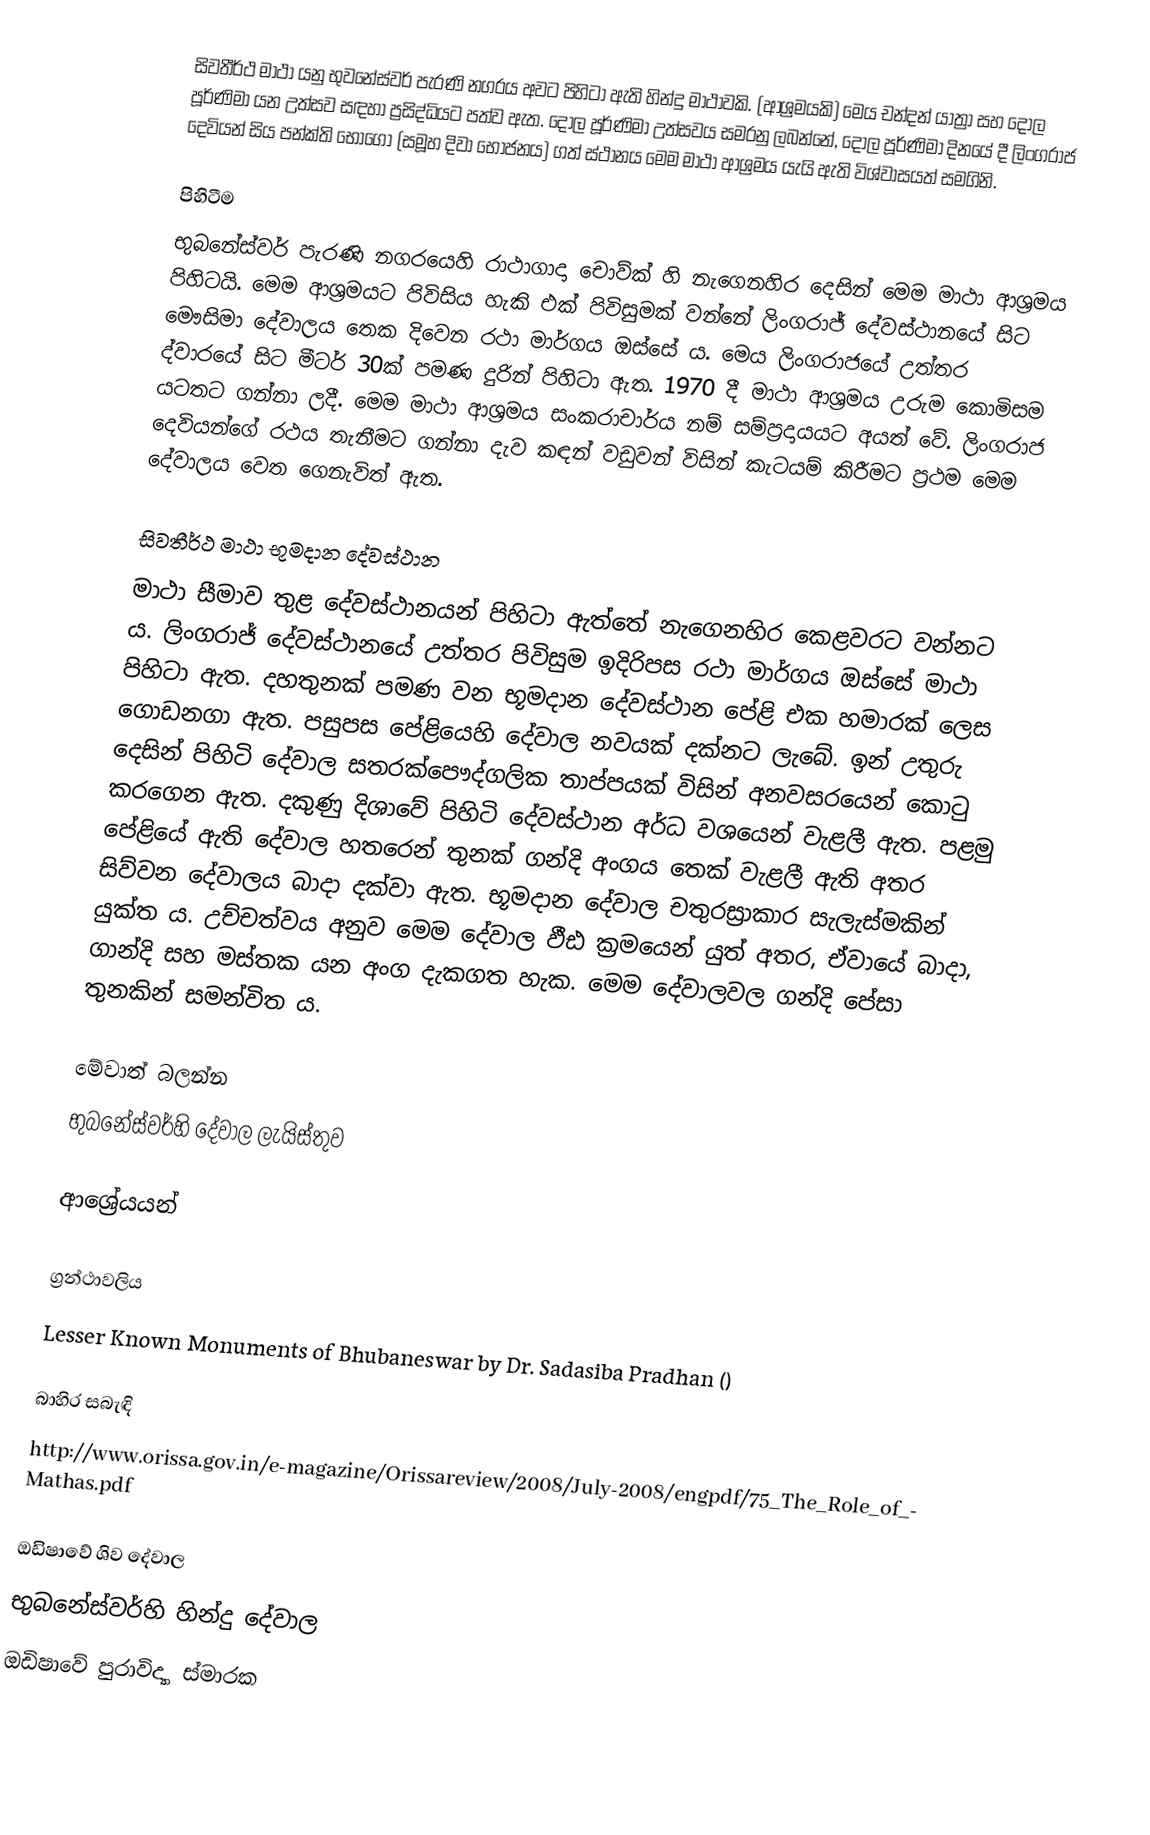
සිවතීර්ථ මාථා  යනු භුවනේස්වර් පැරණි නගරය අවට පිහිටා ඇති හින්දු මාථාවකි. (ආශ්‍රමයකි) මෙය චන්දන් යාත්‍රා සහ දෝල පූර්ණිමා යන උත්සව සඳහා ප්‍රසිද්ධියට පත්ව ඇත. දෝල පූර්ණිමා උත්සවය සමරනු ලබන්නේ, දෝල පූර්ණිමා දිනයේ දී ලිංගරාජ දෙවියන් සිය පන්ක්ති භෝගෝ (සමූහ දිවා භෝජනය) ගත් ස්ථානය මෙම මාථා ආශ්‍රමය යැයි ඇති විශ්වාසයත් සමගිනි.

පිහිටීම
භුබනේස්වර් පැරණි නගරයෙහි රාථාගාදා චොව්ක් හි නැගෙනහිර දෙසින් මෙම මාථා ආශ්‍රමය පිහිටයි. මෙම ආශ්‍රමයට පිවිසිය හැකි එක් පිවිසුමක් වන්නේ ලිංගරාජ් දේවස්ථානයේ සිට මෞසිමා දේවාලය තෙක දිවෙන රථා මාර්ගය ඔස්සේ ය. මෙය ලිංගරාජයේ උත්තර ද්වාරයේ සිට මීටර් 30ක් පමණ දුරින් පිහිටා ඇත. 1970 දී මාථා ආශ්‍රමය උරුම කොමිසම යටතට ගන්නා ලදී.  මෙම මාථා ආශ්‍රමය සංකරාචාර්ය නම් සම්ප්‍රදායයට අයත් වේ. ලිංගරාජ දෙවියන්ගේ රථය තැනීමට ගන්නා දැව කඳන් වඩුවන් විසින් කැටයම් කිරීමට ප්‍රථම මෙම දේවාලය වෙත ගෙනැවිත් ඇත.

සිවතීර්ථ මාථා භූමදාන දේවස්ථාන
මාථා සීමාව තුළ දේවස්ථානයන් පිහිටා ඇත්තේ නැගෙනහිර කෙළවරට වන්නට ය. ලිංගරාජ් දේවස්ථාන‍යේ උත්තර පිවිසුම ඉදිරිපස රථා මාර්ගය ඔස්සේ මාථා පිහිටා ඇත. දහතුනක් පමණ වන භූමදාන දේවස්ථාන පේළි එක හමාරක් ලෙස ගොඩනගා ඇත. පසුපස පේළියෙහි දේවාල නවයක් දක්නට ලැබේ. ඉන් උතුරු දෙසින් පිහිටි  දේවාල සතරක්පෞද්ගලික තාප්පයක් විසින් අනවසරයෙන් කොටු කරගෙන ඇත. දකුණු දිශාවේ පිහිටි දේවස්ථාන අර්ධ වශයෙන් වැළලී ඇත. පළමු පේළියේ ඇති දේවාල හතරෙන් තුනක්  ගන්දි අංගය තෙක් වැළලී ඇති අතර සිව්වන දේවාලය බාදා දක්වා ඇත. භූමදාන දේවාල චතුරස්‍රාකාර සැලැස්මකින් යුක්ත ය. උච්චත්වය අනුව මෙම දේවාල ඵීඪ ක්‍රමයෙන් යුත් අතර, ඒවායේ බාදා, ගාන්දි සහ මස්තක යන අංග දැකගත හැක. මෙම දේවාලවල ගන්දි පේසා තුනකින් සමන්විත ය.

මේවාත් බලන්න
 භුබනේස්වර්හි දේවාල ලැයිස්තුව

ආශ්‍රේයයන්

ග්‍රන්ථාවලිය
 Lesser Known Monuments of Bhubaneswar by Dr. Sadasiba Pradhan ()

බාහිර සබැඳි
 http://www.orissa.gov.in/e-magazine/Orissareview/2008/July-2008/engpdf/75_The_Role_of_Mathas.pdf

ඔඩිෂාවේ ශිව දේවාල
භුබනේස්වර්හි හින්දු දේවාල
ඔඩිෂාවේ පුරාවිද්‍යා ස්මාරක